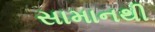
સામાનથી